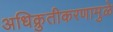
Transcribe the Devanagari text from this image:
अधिक्रुतीकरणामुळे